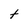
Character: t